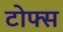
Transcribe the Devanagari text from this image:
टोफ्स